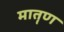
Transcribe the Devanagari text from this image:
मातॄण